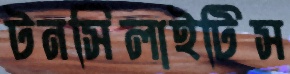
টনসিলাইটিস